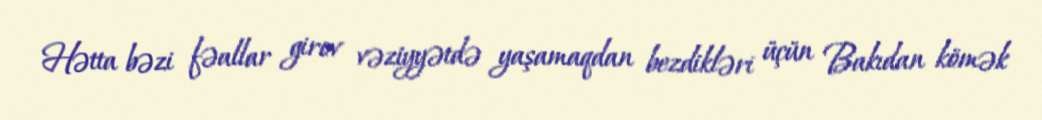
Hətta bəzi fəallar girov vəziyyətdə yaşamaqdan bezdikləri üçün Bakıdan kömək